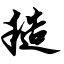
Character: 糙